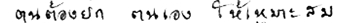
ตนต้องยกตนเองให้เหมาะสม